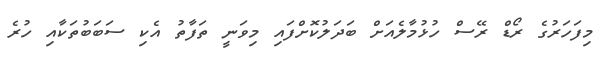
މިފަހަރުގެ ރޯޑް ރޭސް ހުޅުމާލެއަށް ބަދަލުކޮށްފައި މިވަނީ ތަފާތު އެކި ސަބަބުތަކާއި ހުރެ